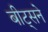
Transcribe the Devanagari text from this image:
बीट्सने